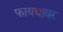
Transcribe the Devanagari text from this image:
फायद्यावर